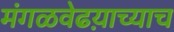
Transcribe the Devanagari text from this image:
मंगळवेढय़ाच्याच